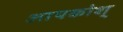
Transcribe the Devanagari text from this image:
आपकोश्